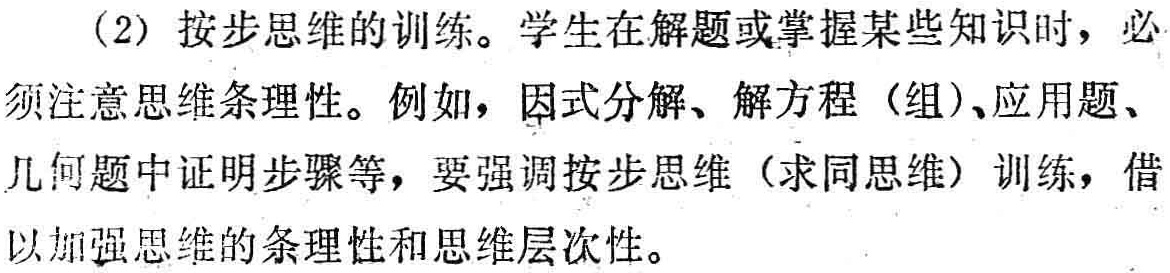
（2）按步思维的训练。学生在解题或掌握某些知识时，必须注意思维条理性。例如，因式分解、解方程（组）、应用题、几何题中证明步骤等，要强调按步思维（求同思维）训练，借以加强思维的条理性和思维层次性。